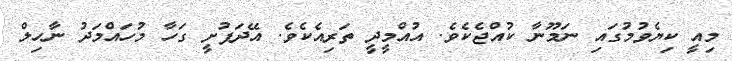
މިއީ ކިޔެވުމުގައި ނަމޫނާ ކުއްޖެކެވެ. އުއްމީދީ ތަރިއެކެވެ. އޭދަފުށީ ގަހާ މުހައްމަދު ނާހިލް